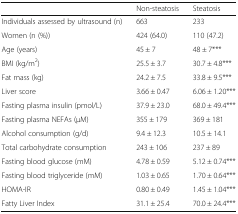
|  | Non-steatosis | Steatosis |
 | --- | --- | --- |
 | Individuals assessed by ultrasound (n) | 663 | 233 |
 | Women (n (%)) | 424 (64.0) | 110 (47.2) |
 | Age (years) | 45 ± 7 | 48 ± 7*** |
 | BMI (kg/m2) | 25.5 ± 3.7 | 30.7 ± 4.8*** |
 | Fat mass (kg) | 24.2 ± 7.5 | 33.8 ± 9.5*** |
 | Liver score | 3.66 ± 0.47 | 6.06 ± 1.20*** |
 | Fasting plasma insulin (pmol/L) | 37.9 ± 23.0 | 68.0 ± 49.4*** |
 | Fasting plasma NEFAs (μM) | 355 ± 179 | 369 ± 181 |
 | Alcohol consumption (g/d) | 9.4 ± 12.3 | 10.5 ± 14.1 |
 | Total carbohydrate consumption | 243 ± 106 | 237 ± 89 |
 | Fasting blood glucose (mM) | 4.78 ± 0.59 | 5.12 ± 0.74*** |
 | Fasting blood triglyceride (mM) | 1.03 ± 0.65 | 1.70 ± 0.64*** |
 | HOMA-IR | 0.80 ± 0.49 | 1.45 ± 1.04*** |
 | Fatty Liver Index | 31.1 ± 25.4 | 70.0 ± 24.4*** |